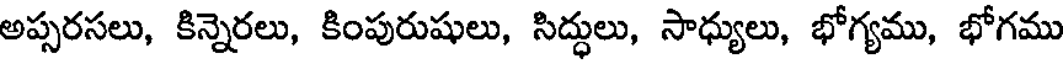
అప్సరసలు, కిన్నెరలు, కింపురుషులు, సిద్ధులు, సాధ్యులు, భోగ్యము, భోగము